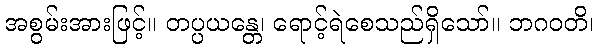
အစွမ်းအားဖြင့်။ တပ္ပယန္တေ၊ ရောင့်ရဲစေသည်ရှိသော်။ ဘဂဝတိ၊